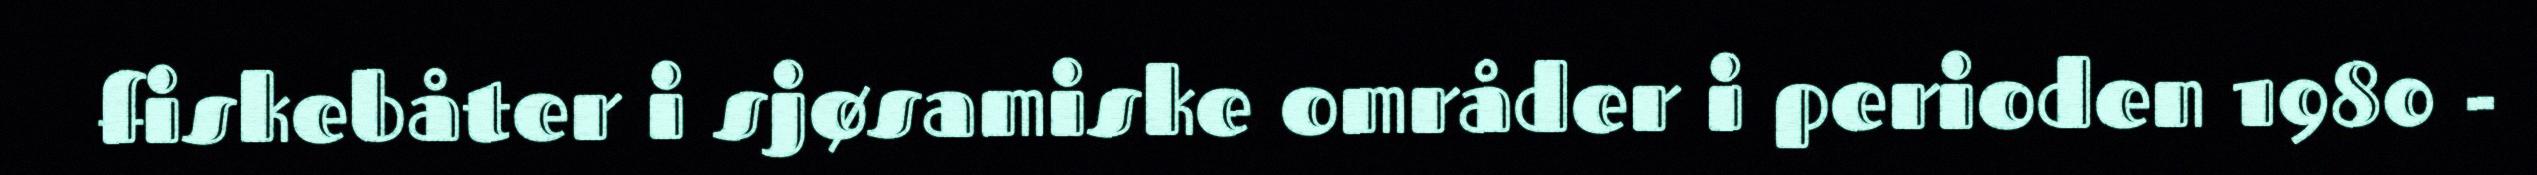
fiskebåter i sjøsamiske områder i perioden 1980 -